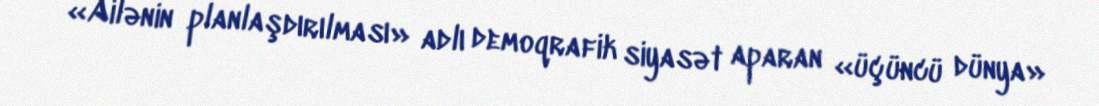
«Ailənin planlaşdırılması» adlı demoqrafik siyasət aparan «üçüncü dünya»